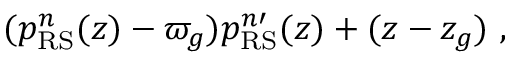
( p _ { \mathrm { R S } } ^ { n } ( z ) - \varpi _ { g } ) p _ { \mathrm { R S } } ^ { n \prime } ( z ) + ( z - z _ { g } ) \ ,